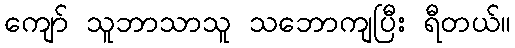
ကျော် သူဘာသာသူ သဘောကျပြီး ရီတယ်။